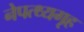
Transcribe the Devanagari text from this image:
नेपत्थ्यगृह